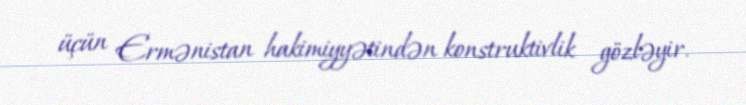
üçün Ermənistan hakimiyyətindən konstruktivlik gözləyir.